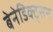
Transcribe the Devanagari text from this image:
बेनेडिक्ट्सन